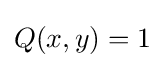
{\textstyle Q(x,y)=1}